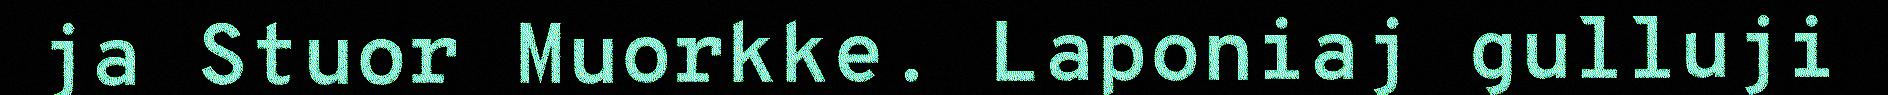
ja Stuor Muorkke. Laponiaj gulluji